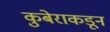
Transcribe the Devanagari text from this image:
कुबेराकडून